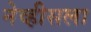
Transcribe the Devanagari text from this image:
नेव्हीसला